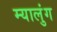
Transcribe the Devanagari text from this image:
म्यालुंग